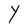
Character: Y